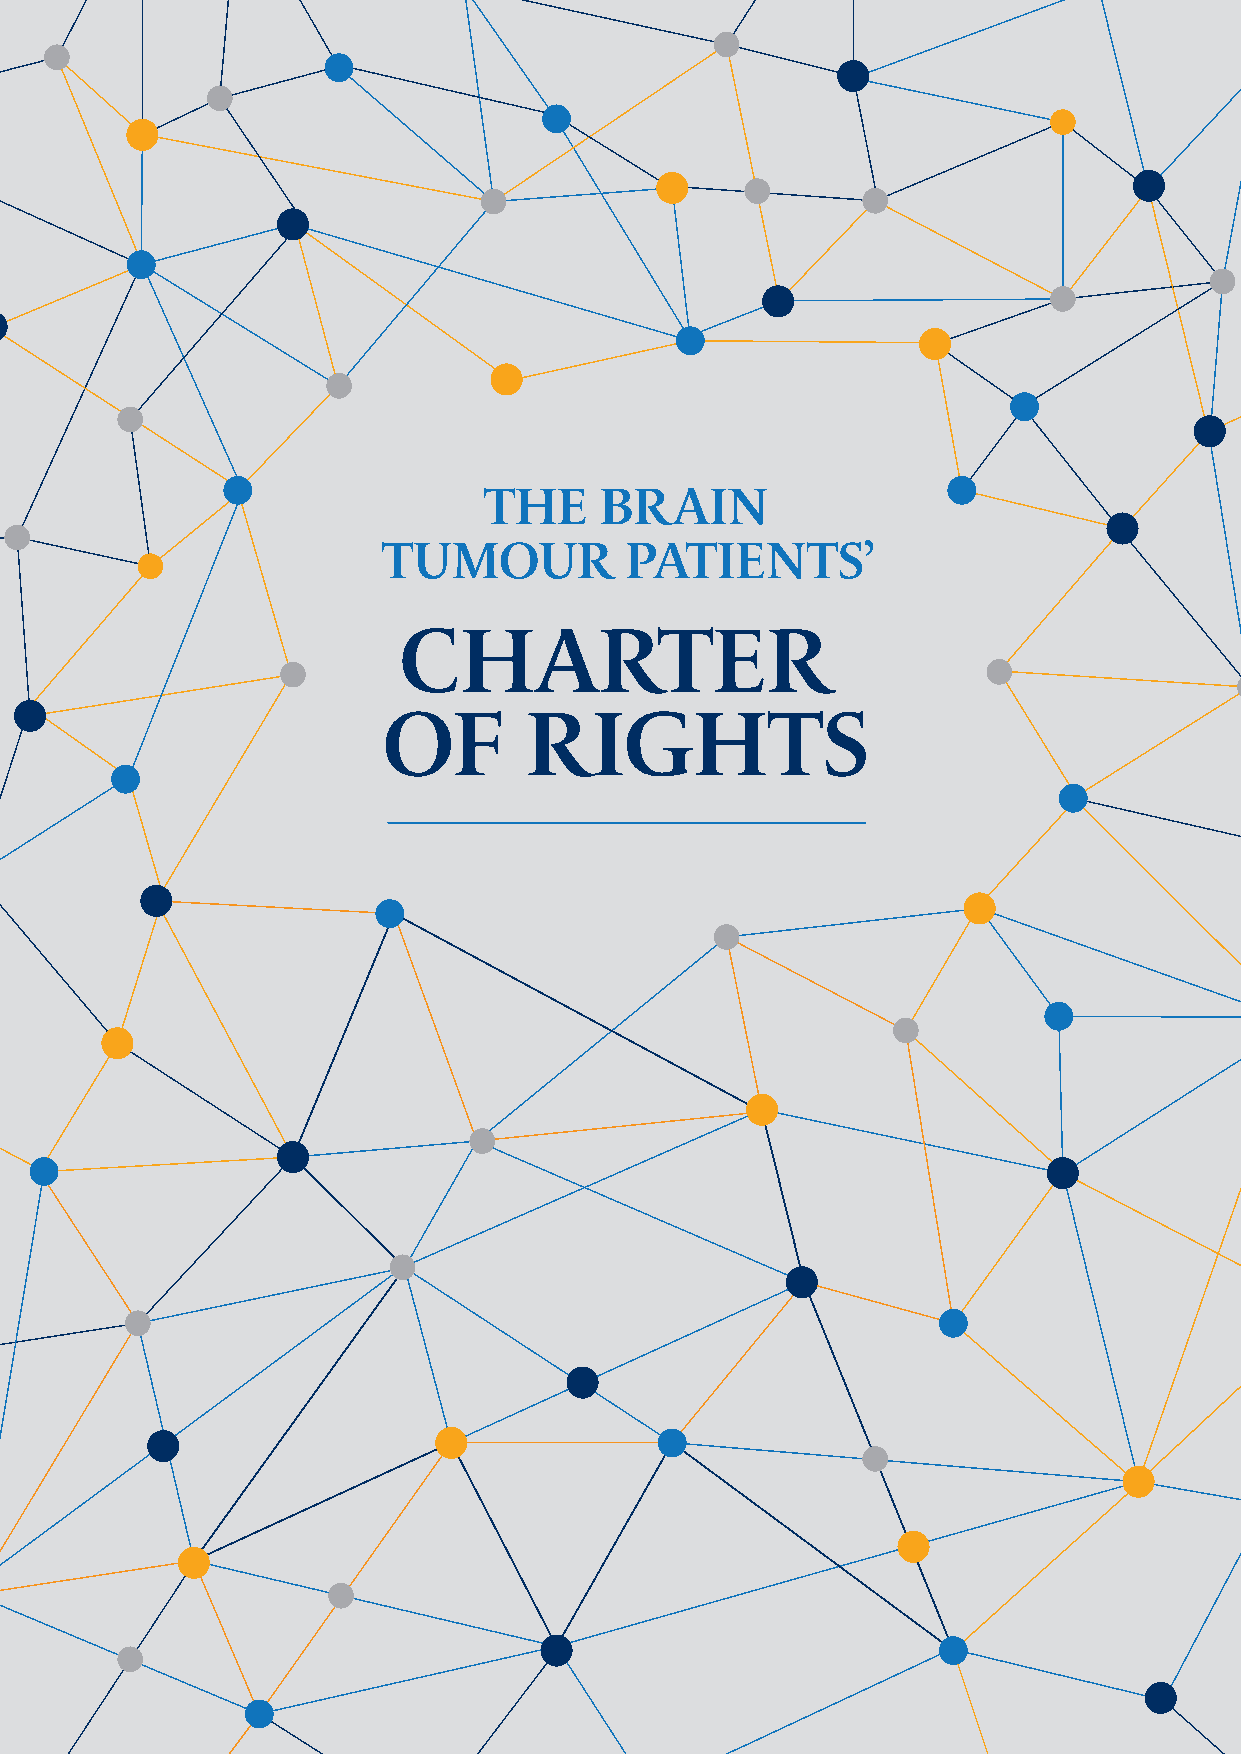
THE     BRAIN
 TUMOUR          PATIENTS’
 CHARTER
 OF        RIGHTS